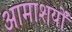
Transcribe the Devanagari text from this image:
आमाशयों